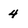
Character: 4